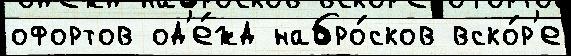
офортов од'е́жд набро́сков вско́р'е